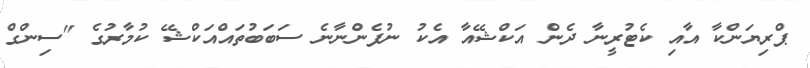
ޕްރިޔަންކާ އާއި ކެޓުރީނާ ދެން އަކްޝޭއާ އެކު ނުފެންނާނެ ސަބަބުތައްއަކްޝޭ ކުމާރުގެ "ސިންގް